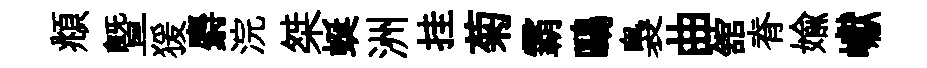
頫曁猨麝浣桀蜒洲挂菊霸鷗裊曲舘脊媮巘